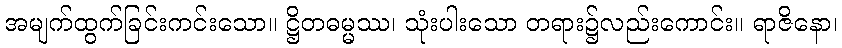
အမျက်ထွက်ခြင်းကင်းသော။ ဋ္ဌိတဓမ္မဿ၊ သုံးပါးသော တရား၌လည်းကောင်း။ ရာဇိနော၊